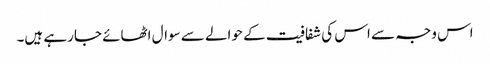
اس وجہ سے اس کی شفافیت کے حوالے سے سوال اٹھائے جارہے ہیں۔